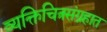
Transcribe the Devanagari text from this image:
व्यक्तिचित्रसंग्रहात